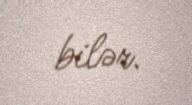
bilər.